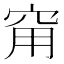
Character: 𥥝